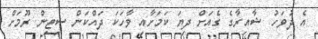
އެ ދުވަހު ޝާއިރާގެ ގެއަށް ދިޔަ ކަމަށާއި ވާހަކަ ދައްކަން ސިޓިން ރޫމަށް